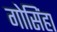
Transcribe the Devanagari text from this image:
गोसिंहा